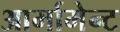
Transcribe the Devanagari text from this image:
आर्मामेन्ट